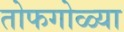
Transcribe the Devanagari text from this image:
तोफगोळ्या